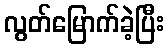
လွတ်မြောက်ခဲ့ပြီး